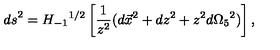
{ d s } ^ { 2 } = { H _ { - 1 } } ^ { 1 / 2 } \left[ \frac { 1 } { z ^ { 2 } } ( d \vec { x } ^ { 2 } + d z ^ { 2 } + z ^ { 2 } d { \Omega _ { 5 } } ^ { 2 } ) \right] ,